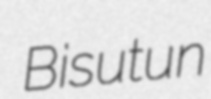
Bisutun